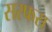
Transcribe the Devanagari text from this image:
सरफस